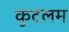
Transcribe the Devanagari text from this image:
कुटलम